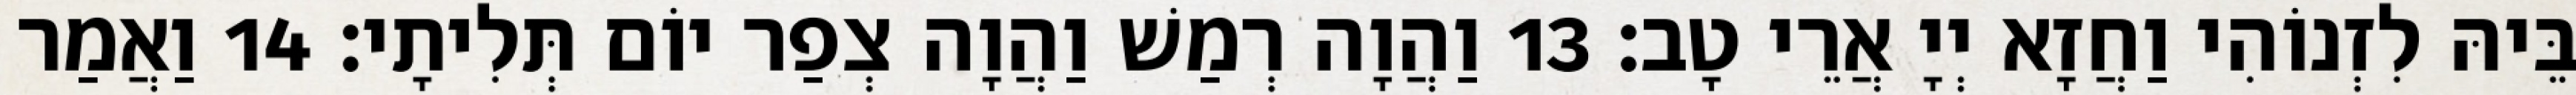
בֵּיהּ לִזְנוֹהִי וַחֲזָא יְיָ אֲרֵי טָב׃ 13 וַהֲוָה רְמַשׁ וַהֲוָה צְפַר יוֹם תְּלִיתָי׃ 14 וַאֲמַר